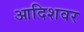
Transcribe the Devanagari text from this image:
आदिशवर